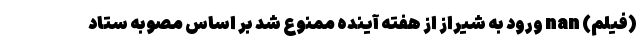
(فیلم) nan ورود به شیراز از هفته آینده ممنوع شد بر اساس مصوبه ستاد